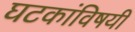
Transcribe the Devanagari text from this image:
घटकांविषयी